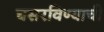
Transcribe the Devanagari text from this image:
घसरविण्याची